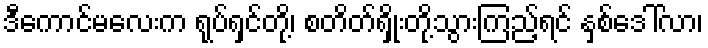
ဒီကောင်မလေးက ရုပ်ရှင်တို့၊ စတိတ်ရှိုးတို့သွားကြည့်ရင် နှစ်ဒေါ်လာ၊